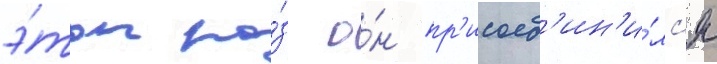
э́тот ра́з о́н пр'исоед'ин'и́лс'я